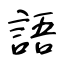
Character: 語